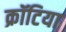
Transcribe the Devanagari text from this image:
क्रॉटिया